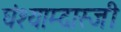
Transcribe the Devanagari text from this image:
घंश्याम्दास्जी